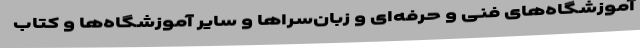
آموزشگاه‌های فنی و حرفه‌ای و زبان‌سراها و سایر آموزشگاه‌ها و کتاب